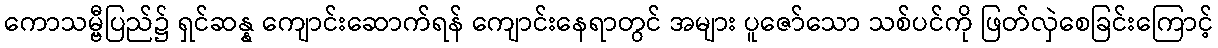
ကောသမ္ဗီပြည်၌ ရှင်ဆန္န ကျောင်းဆောက်ရန် ကျောင်းနေရာတွင် အများ ပူဇော်သော သစ်ပင်ကို ဖြတ်လှဲစေခြင်းကြောင့်